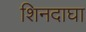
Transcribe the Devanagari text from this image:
शिनदाघा